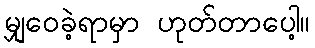
မျှဝေခဲ့ရာမှာ ဟုတ်တာပေါ့။